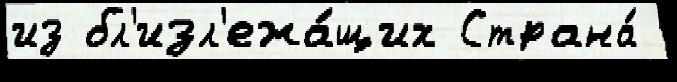
из бл'изл'ежа́щих Страна́